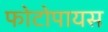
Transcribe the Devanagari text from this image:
फोटोपायस